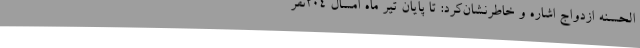
‌الحسنه ازدواج اشاره و خاطرنشان‌کرد: تا پایان تیر ماه امسال 204نفر